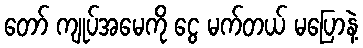
တော် ကျုပ်အမေကို ငွေ မက်တယ် မပြောနဲ့